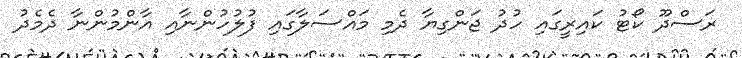
ރަސްދޫ ކޯޓު ކައިރީގައި ހުދު ޖަންގިޔާ ދެމި މައްސަލާގައި ފުލުހުންނާއި އާންމުންނާ ދެމެދު